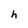
Character: h